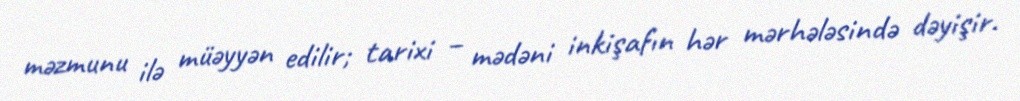
məzmunu ilə müəyyən edilir; tarixi – mədəni inkişafın hər mərhələsində dəyişir.